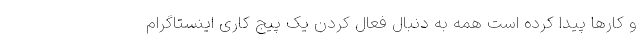
و کارها پیدا کرده است همه به دنبال فعال کردن یک پیج کاری اینستاگرام